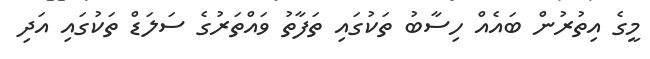
މީގެ އިތުރުން ބައެއް ހިސާބު ތަކުގައި ތަފާތު ވައްތަރުގެ ސަލަޑް ތަކުގައި އަދި